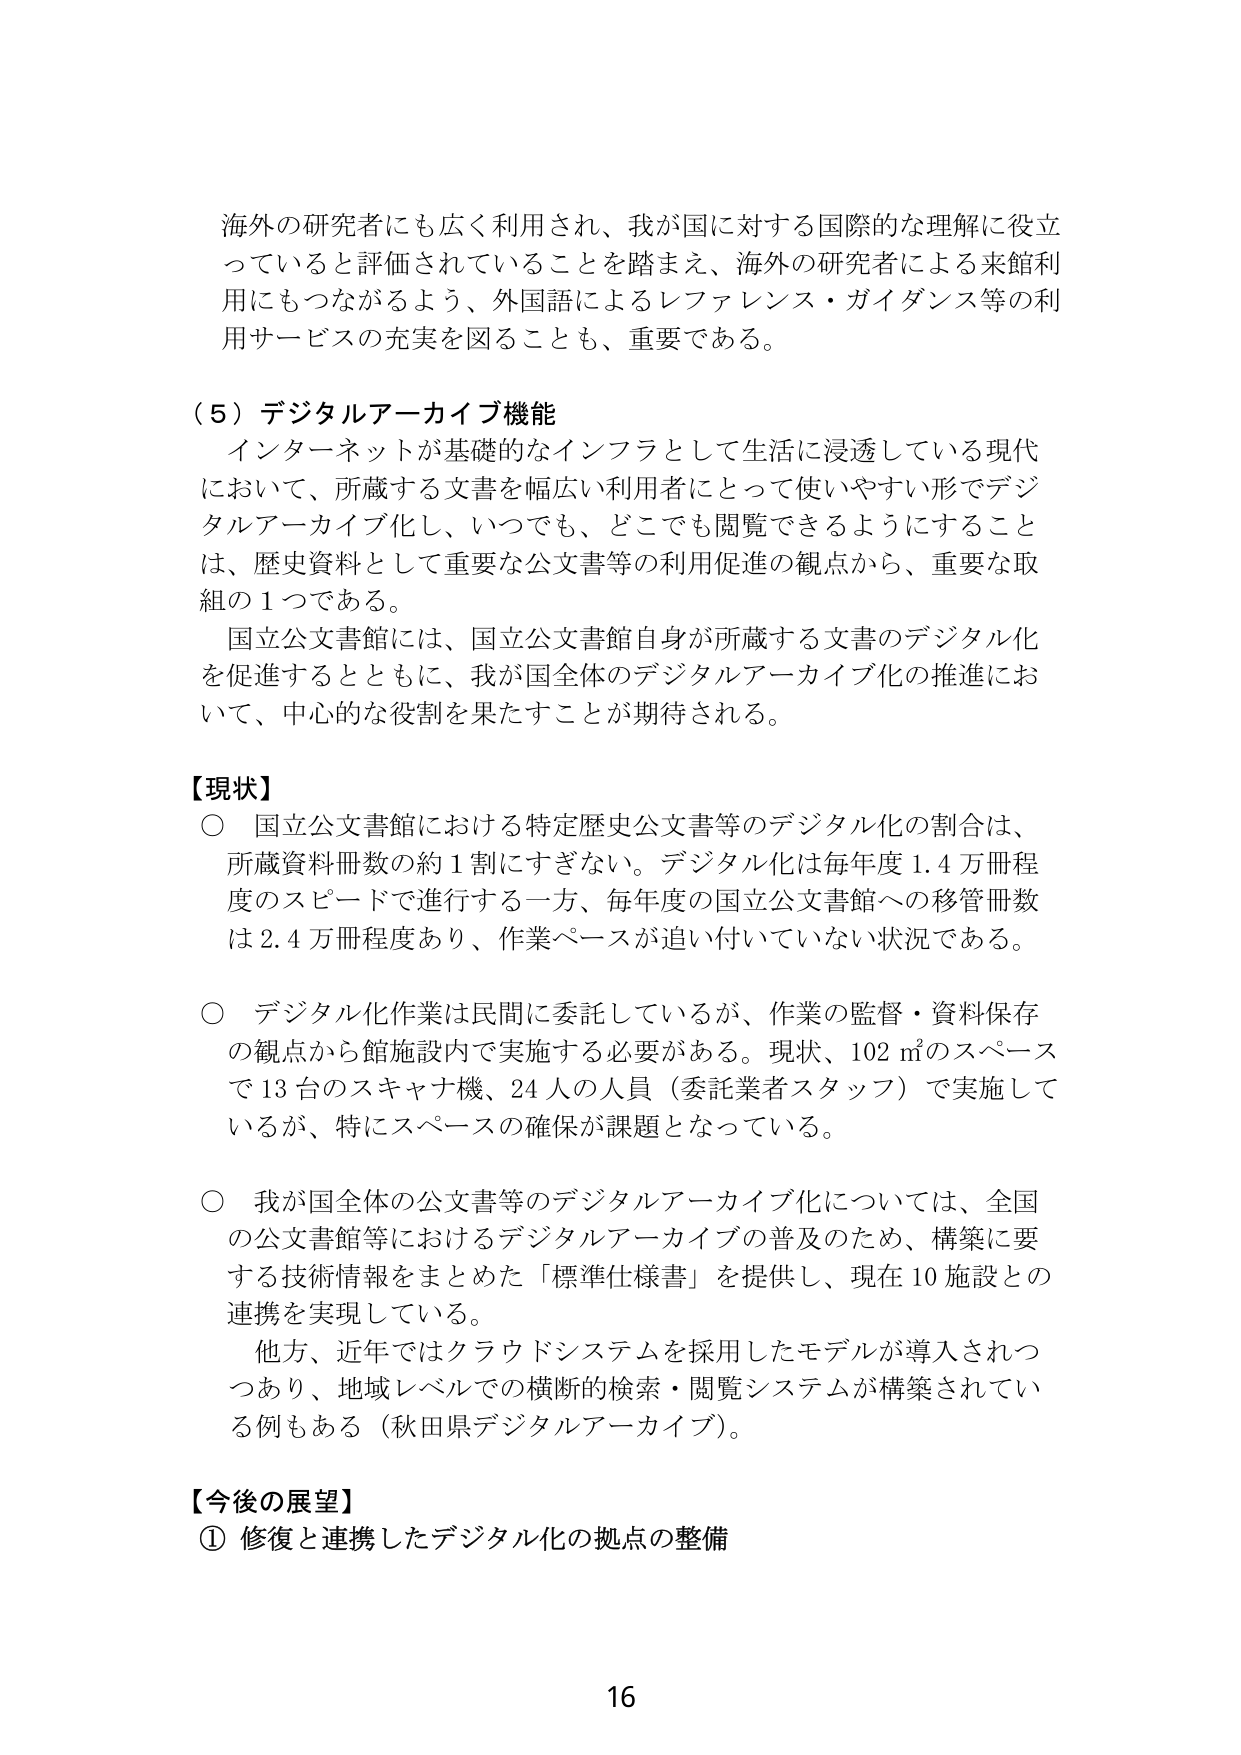
海外の研究者にも広く利用され、我が国に対する国際的な理解に役立っていると評価されていることを踏まえ、海外の研究者による来館利用にもつながるよう、外国語によるレファレンス・ガイダンス等の利用サービスの充実を図ることも、重要である。

（５）デジタルアーカイブ機能
インターネットが基礎的なインフラとして生活に浸透している現代において、所蔵する文書を幅広い利用者にとって使いやすい形でデジタルアーカイブ化し、いつでも、どこでも閲覧できるようにすることは、歴史資料として重要な公文書等の利用促進の観点から、重要な取組の１つである。
国立公文書館には、国立公文書館自身が所蔵する文書のデジタル化を促進するとともに、我が国全体のデジタルアーカイブ化の推進において、中心的な役割を果たすことが期待される。

【現状】
○ 国立公文書館における特定歴史公文書等のデジタル化の割合は、所蔵資料冊数の約１割にすぎない。デジタル化は毎年度１.４万冊程度のスピードで進行する一方、毎年度の国立公文書館への移管冊数は２.４万冊程度あり、作業ペースが追い付いていない状況である。
○ デジタル化作業は民間に委託しているが、作業の監督・資料保存の観点から館施設内で実施する必要がある。現状、102㎡のスペースで13台のスキャナ機、24人の人員（委託業者スタッフ）で実施しているが、特にスペースの確保が課題となっている。
○ 我が国全体の公文書等のデジタルアーカイブ化については、全国の公文書館等におけるデジタルアーカイブの普及のため、構築に要する技術情報をまとめた「標準仕様書」を提供し、現在10施設との連携を実現している。
　　他方、近年ではクラウドシステムを採用したモデルが導入されつつあり、地域レベルでの横断的検索・閲覧システムが構築されている例もある（秋田県デジタルアーカイブ）。

【今後の展望】
① 修復と連携したデジタル化の拠点の整備

16